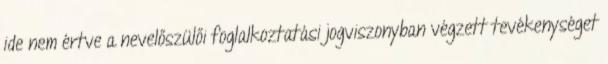
ide nem értve a nevelőszülői foglalkoztatási jogviszonyban végzett tevékenységet